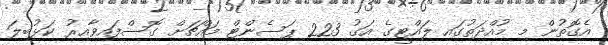
އެގޮތުން މި މުއްދަތުގައި ލައްޓީގެ އަގު 223 ޕަސެންޓް މައްޗަށް ގޮސްފައިވާއިރު ކަޅުބިލަ